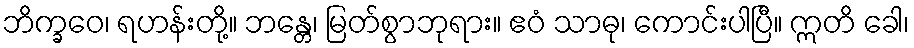
ဘိက္ခဝေ၊ ရဟန်းတို့။ ဘန္တေ၊ မြတ်စွာဘုရား။ ဧဝံ သာဓု၊ ကောင်းပါပြီ။ ဣတိ ခေါ၊